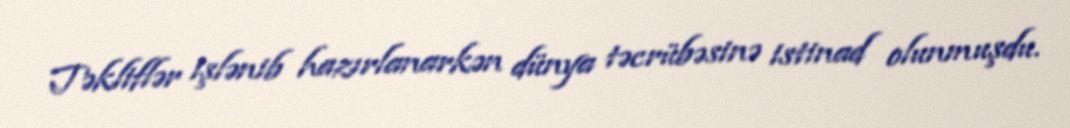
Təkliflər işlənib hazırlanarkən dünya təcrübəsinə istinad olunmuşdu.